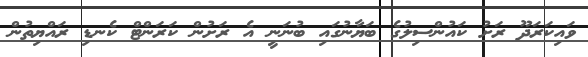
ވައިކަރަދޫ ރަށު ކައުންސިލުގެ ބަޔާނުގައި ބުނަނީ އެ ރަށުން ކަރަންޓް ކެނޑި ރައްޔިތުން